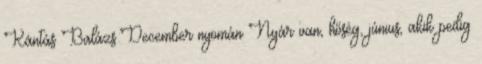
Kántás Balázs:December nyomán Nyár van, hőség, június, akik pedig